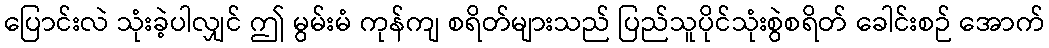
ပြောင်းလဲ သုံးခဲ့ပါလျှင် ဤ မွမ်းမံ ကုန်ကျ စရိတ်များသည် ပြည်သူပိုင်သုံးစွဲစရိတ် ခေါင်းစဉ် အောက်